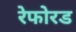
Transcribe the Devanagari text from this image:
रेफोरड